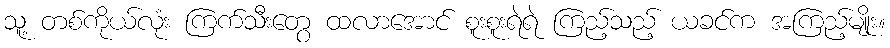
သူ့ တစ်ကိုယ်လုံး ကြက်သီးတွေ ထလာအောင် စူးစူးရဲရဲ ကြည့်သည့် ယခင်က အကြည့်မျိုး။